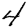
Digit: 4